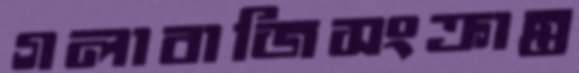
গলাবাজিসংক্রান্ত